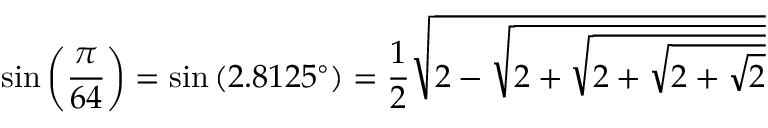
\sin \left( { \frac { \pi } { 6 4 } } \right) = \sin \left( 2 . 8 1 2 5 ^ { \circ } \right) = { \frac { 1 } { 2 } } { \sqrt { 2 - { \sqrt { 2 + { \sqrt { 2 + { \sqrt { 2 + { \sqrt { 2 } } } } } } } } } }